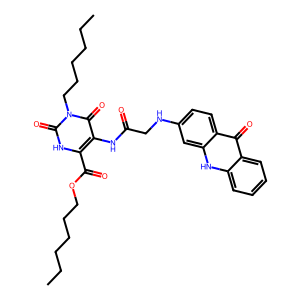
SMILES: CCCCCCOC(=O)c1[nH]c(=O)n(CCCCCC)c(=O)c1NC(=O)CNc1ccc2c(=O)c3ccccc3[nH]c2c1
Inhibits HIV replication: No